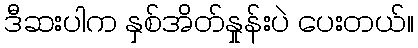
ဒီဆးပါက နှစ်အိတ်နှုန်းပဲ ပေးတယ်။